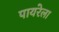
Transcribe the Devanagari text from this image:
पायरेला